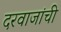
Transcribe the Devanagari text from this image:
दरवाजांची